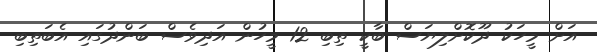
އަށް މީހަކު ދޫކޮށްލިޔަސް ބާކީ ތިބި 12 މީހުން އަދިވެސް ބަންދުގައި އެބަތިބި